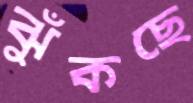
ঝুঁকছে